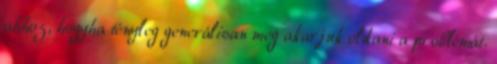
ahhoz, hogyha tényleg generálisan meg akarjuk oldani a problémát.